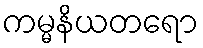
ကမ္မနိယတရော